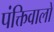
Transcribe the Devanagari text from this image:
पंक्तिवालों